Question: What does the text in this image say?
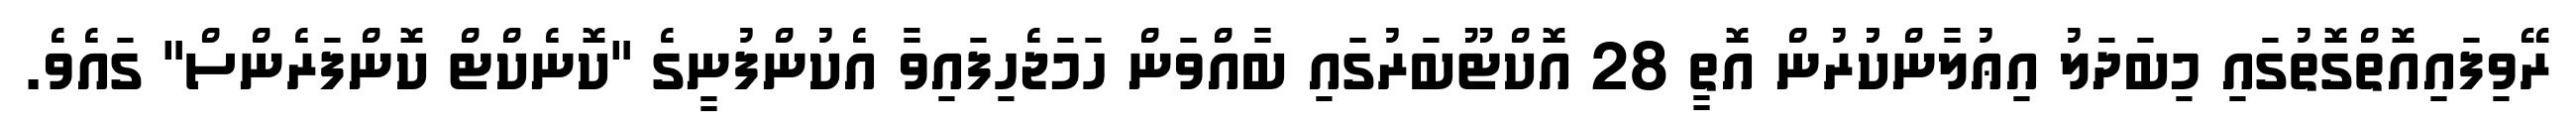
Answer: ރޭވިފައިއޮތްގޮތުގައި މިބަދަލު އިޢުލާންކުުރުން އޮތީ 28 އޮކްޓޫބަރުގައި ބާއްވަން ހަމަޖެހިފައިވާ އެކުންފުނީގެ "ކޮނެކްޓް ކޮންފަރެންސް" ގައެވެ.